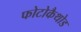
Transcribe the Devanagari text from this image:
फोटोकैथोड